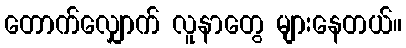
တောက်လျှောက် လူနာတွေ များနေတယ်။